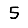
Digit: 5